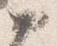
如